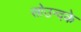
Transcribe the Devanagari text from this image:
सोउन्दके